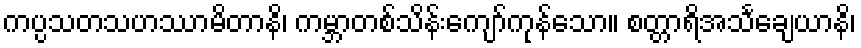
ကပ္ပသတသဟဿာမိတာနိ၊ ကမ္ဘာတစ်သိန်းကျော်ကုန်သော။ စတ္တာရိအသင်္ချေယာနိ၊